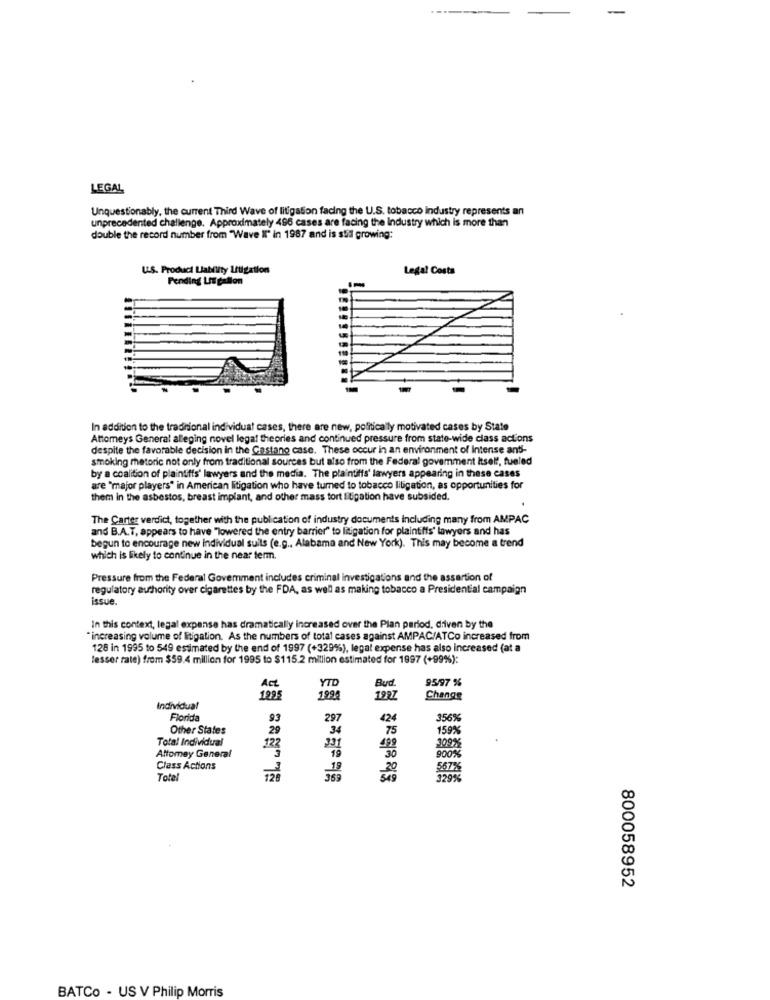
LEGAL
Unquestionably, the current Third Wave of litigation facing the U.S. tobacco industry represents an
unprecedented challenge. Approximately 496 cases are facing the Industry which is more than
double the record number from "Wave Il" in 1987 and is still growing:
U.S. Product Liability Litigation
Legal Costa
Pending Litgallon
In addition to the traditional individual cases, there are new, politically motivated cases by State
Attorneys General alleging novel legal theories and continued pressure from state-wide class actions
despite the favorable decision in the Castano case. These occur in an environment of Intense ant-
smoking metoric not only from traditional sources but also from the Federal govemment Itself, fueled
by a coalition of plaintiffs' lawyers and the media. The plaintiffs' lawyers appearing in these cases
are "major players" in American litigation who have turned to tobacco litigation, as opportunities for
them in the asbestos, breast implant, and other mass tort litigation have subsided.
The Carter verdict, together with the publication of industry documents including many from AMPAC
and B.A.T. appears to have "lowered the entry barrier" to litigation for plaintiffs' lawyers and has
begun to encourage new individual suils (e.g ., Alabama and New York). This may become a trend
which is likely to continue in the near term.
Pressure from the Federal Government includes criminal investigations and the assertion of
regulatory authority over cigarettes by the FDA, as well as making tobacco a Presidential campaign
issue.
In this context, legal expanse has dramatically increased over the Plan period, diven by the
"increasing volume of litigation. As the numbers of total cases against AMPAC/ATCo increased from
128 in 1995 to 549 estimated by the end of 1997 (+329%), legal expense has also increased (at a
lesser rate) from $59.4 million for 1995 to $115.2 million estimated for 1997 (+99%):
Bud
95/97 %
Act
YTD
1225
199
1997
Change
Individual
Florida
93
297
424
356%
Other States
29
34
75
159%
Total Individual
123
231
499
309%
Attomey General
19
30
900%
Class Actions
20
567%
Tota
369
329%
800058952
BATCo - US V Philip Morris